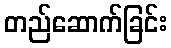
တည်ဆောက်ခြင်း